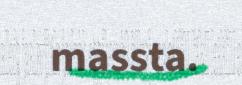
massta.